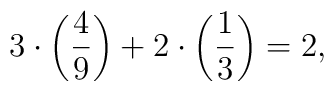
3\cdot\left(4\over 9\right)+2\cdot\left(1\over 3\right)=2,